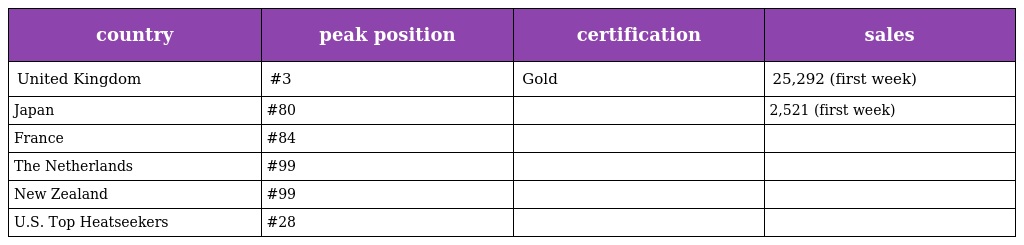
| country | peak position | certification | sales |
 | --- | --- | --- | --- |
 | United Kingdom | #3 | Gold | 25,292 (first week) |
 | Japan | #80 |  | 2,521 (first week) |
 | France | #84 |  |  |
 | The Netherlands | #99 |  |  |
 | New Zealand | #99 |  |  |
 | U.S. Top Heatseekers | #28 |  |  |